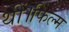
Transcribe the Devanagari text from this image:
थीं।फिल्म